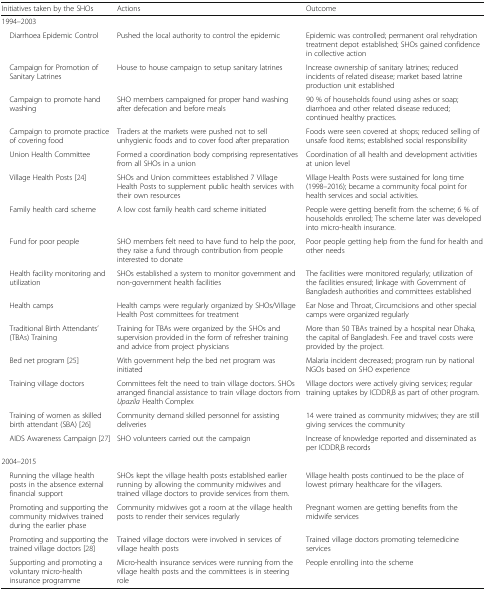
<table><thead><tr><td><b>Initiatives taken by the SHOs</b></td><td><b>Actions</b></td><td><b>Outcome</b></td></tr></thead><tbody><tr><td colspan="3">1994–2003</td></tr><tr><td> Diarrhoea Epidemic Control</td><td>Pushed the local authority to control the epidemic</td><td>Epidemic was controlled; permanent oral rehydration treatment depot established; SHOs gained confidence in collective action</td></tr><tr><td> Campaign for Promotion of Sanitary Latrines</td><td>House to house campaign to setup sanitary latrines</td><td>Increase ownership of sanitary latrines; reduced incidents of related disease; market based latrine production unit established</td></tr><tr><td> Campaign to promote hand washing</td><td>SHO members campaigned for proper hand washing after defecation and before meals</td><td>90 % of households found using ashes or soap; diarrhoea and other related disease reduced; continued healthy practices.</td></tr><tr><td> Campaign to promote practice of covering food</td><td>Traders at the markets were pushed not to sell unhygienic foods and to cover food after preparation</td><td>Foods were seen covered at shops; reduced selling of unsafe food items; established social responsibility</td></tr><tr><td> Union Health Committee</td><td>Formed a coordination body comprising representatives from all SHOs in a union</td><td>Coordination of all health and development activities at union level</td></tr><tr><td> Village Health Posts [24]</td><td>SHOs and Union committees established 7 Village Health Posts to supplement public health services with their own resources</td><td>Village Health Posts were sustained for long time (1998–2016); became a community focal point for health services and social activities.</td></tr><tr><td> Family health card scheme</td><td>A low cost family health card scheme initiated</td><td>People were getting benefit from the scheme; 6 % of households enrolled; The scheme later was developed into micro-health insurance.</td></tr><tr><td> Fund for poor people</td><td>SHO members felt need to have fund to help the poor, they raise a fund through contribution from people interested to donate</td><td>Poor people getting help from the fund for health and other needs</td></tr><tr><td> Health facility monitoring and utilization</td><td>SHOs established a system to monitor government and non-government health facilities</td><td>The facilities were monitored regularly; utilization of the facilities ensured; linkage with Government of Bangladesh authorities and committees established</td></tr><tr><td> Health camps</td><td>Health camps were regularly organized by SHOs/Village Health Post committees for treatment</td><td>Ear Nose and Throat, Circumcisions and other special camps were organized regularly</td></tr><tr><td> Traditional Birth Attendants’ (TBAs) Training</td><td>Training for TBAs were organized by the SHOs and supervision provided in the form of refresher training and advice from project physicians</td><td>More than 50 TBAs trained by a hospital near Dhaka, the capital of Bangladesh. Fee and travel costs were provided by the project.</td></tr><tr><td> Bed net program [25]</td><td>With government help the bed net program was initiated</td><td>Malaria incident decreased; program run by national NGOs based on SHO experience</td></tr><tr><td> Training village doctors</td><td>Committees felt the need to train village doctors. SHOs arranged financial assistance to train village doctors from <i>Upazila</i> Health Complex</td><td>Village doctors were actively giving services; regular training uptakes by ICDDR,B as part of other program.</td></tr><tr><td> Training of women as skilled birth attendant (SBA) [26]</td><td>Community demand skilled personnel for assisting deliveries</td><td>14 were trained as community midwives; they are still giving services the community</td></tr><tr><td> AIDS Awareness Campaign [27]</td><td>SHO volunteers carried out the campaign</td><td>Increase of knowledge reported and disseminated as per ICDDR,B records</td></tr><tr><td colspan="3">2004–2015</td></tr><tr><td> Running the village health posts in the absence external financial support</td><td>SHOs kept the village health posts established earlier running by allowing the community midwives and trained village doctors to provide services from them.</td><td>Village health posts continued to be the place of lowest primary healthcare for the villagers.</td></tr><tr><td> Promoting and supporting the community midwives trained during the earlier phase</td><td>Community midwives got a room at the village health posts to render their services regularly</td><td>Pregnant women are getting benefits from the midwife services</td></tr><tr><td> Promoting and supporting the trained village doctors [28]</td><td>Trained village doctors were involved in services of village health posts</td><td>Trained village doctors promoting telemedicine services</td></tr><tr><td> Supporting and promoting a voluntary micro-health insurance programme</td><td>Micro-health insurance services were running from the village health posts and the committees is in steering role</td><td>People enrolling into the scheme</td></tr></tbody></table>